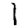
Digit: 1